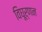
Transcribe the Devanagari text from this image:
विघूर्णन